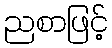
ညစာဖြင့်